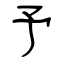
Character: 予